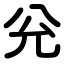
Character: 兊